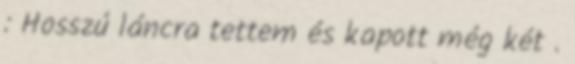
: Hosszú láncra tettem és kapott még két .